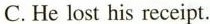
C.He lost his receipt.